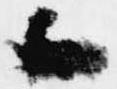
候